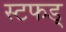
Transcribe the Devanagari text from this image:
स्टफड्